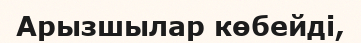
Арызшылар көбейді,